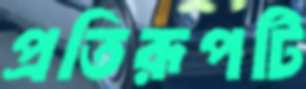
প্রতিরূপটি